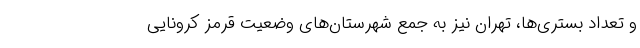
و تعداد بستری‌ها، تهران نیز به جمع شهرستان‌های وضعیت قرمز کرونایی